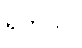
ရတယ်။